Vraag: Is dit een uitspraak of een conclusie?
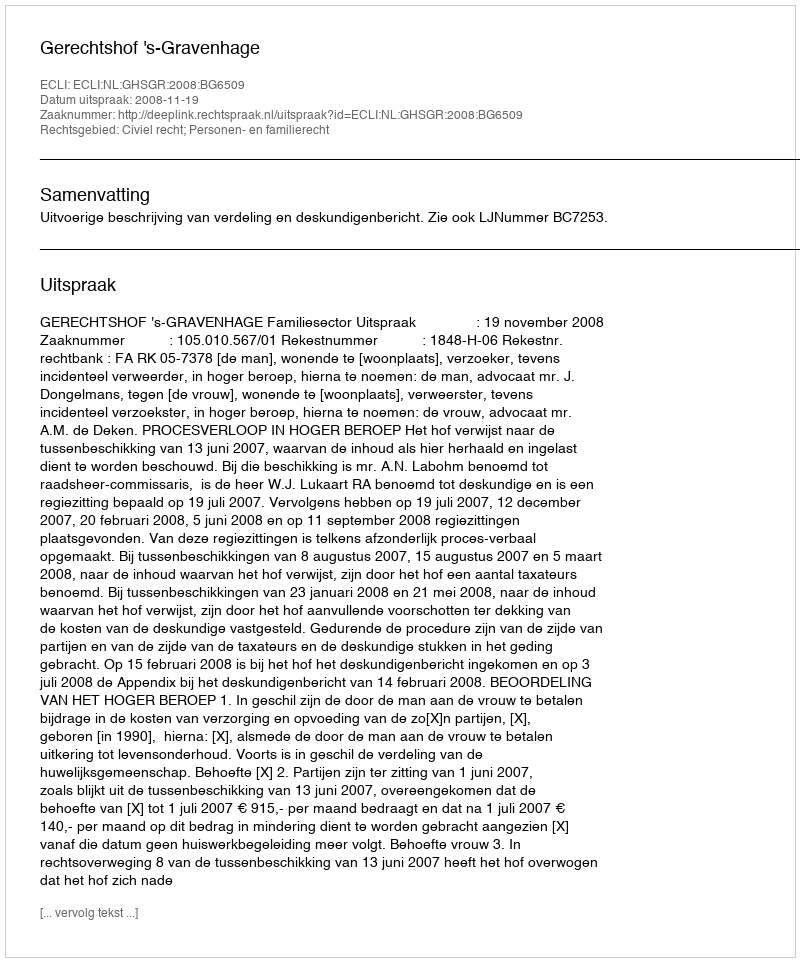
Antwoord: Uitspraak